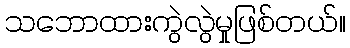
သဘောထားကွဲလွဲမှုဖြစ်တယ်။